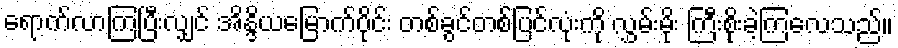
ရောက်လာကြပြီးလျှင် အိန္ဒိယမြောက်ပိုင်း တစ်ခွင်တစ်ပြင်လုံးကို လွှမ်းမိုး ကြီးစိုးခဲ့ကြလေသည်။